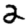
Digit: 2